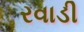
રવાડી